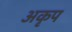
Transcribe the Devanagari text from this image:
अकृप